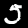
Label: 5